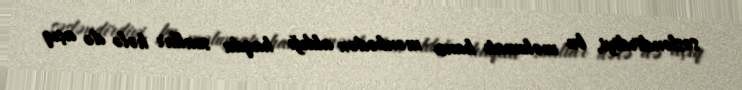
səsləndirdiyi, bu məlumatı hansı mənbədən aldığı haqda suallar hələ də açıq